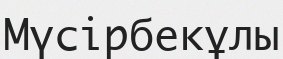
Мүсірбекұлы